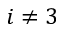
i \neq 3